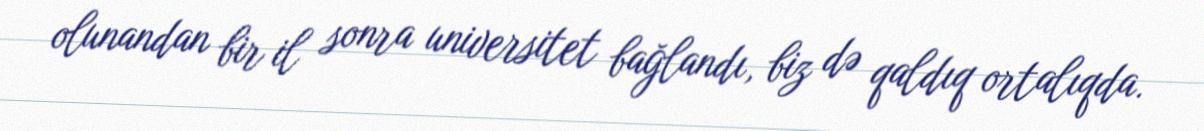
olunandan bir il sonra universitet bağlandı, biz də qaldıq ortalıqda.